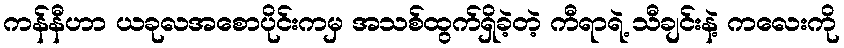
ကန်နီဟာ ယခုလအစောပိုင်းကမှ အသစ်ထွက်ရှိခဲ့တဲ့ ကီရာရဲ့ သီချင်းနဲ့ ကလေးကို